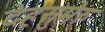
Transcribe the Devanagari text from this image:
देहसुमेरु